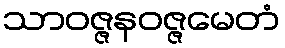
သာဝဇ္ဇနဝဇ္ဇမေတံ